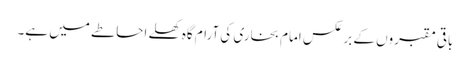
باقی مقبروں کے برعکس امام بخاری کی آرام گاہ کھلے احاطے میں ہے۔